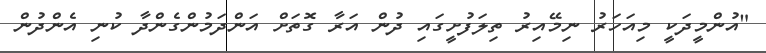
"އުންމީދަކީ މިއަހަރު ނިމޭއިރު ތިލަފުށީގައި ދުން އަރާ ގޮތަށް އަންދަމުންގެންދާ ކުނި އެންދުން